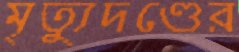
মৃত্যুদণ্ডের